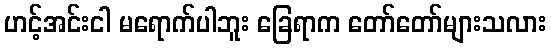
ဟင့်အင်းငါ မရောက်ပါဘူး ခြေရာက တော်တော်များသလား